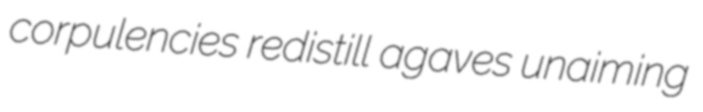
corpulencies redistill agaves unaiming